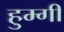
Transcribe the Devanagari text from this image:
हुम्गी